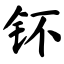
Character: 钚